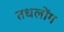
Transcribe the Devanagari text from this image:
तधलोंग